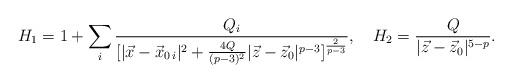
LaTeX: \begin{align*}H_1=1+\sum_i{{Q_i}\over{[|\vec{x}-\vec{x}_{0\,i}|^2+{{4Q}\over{(p-3)^2}}|\vec{z}-\vec{z}_0|^{p-3}]^{2\over{p-3}}}},\ \ \ H_2={Q\over{|\vec{z}-\vec{z}_0|^{5-p}}}.\end{align*}